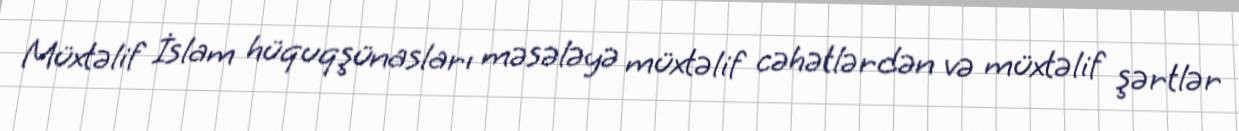
Müxtəlif İslam hüquqşünasları məsələyə müxtəlif cəhətlərdən və müxtəlif şərtlər